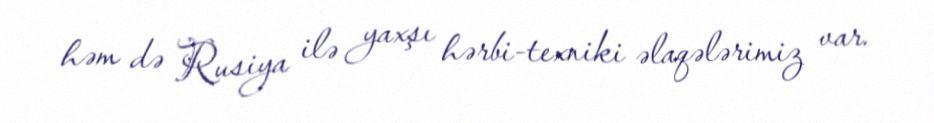
həm də Rusiya ilə yaxşı hərbi-texniki əlaqələrimiz var.